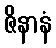
ဇိနာနံ